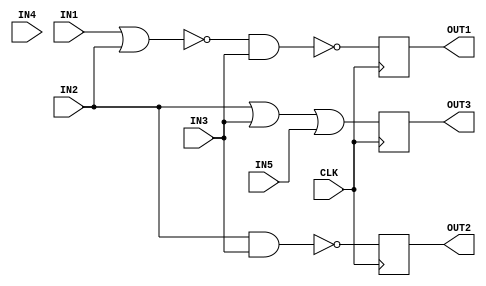
module DigCt(
input IN1 ,IN2 ,IN3 ,IN4 ,IN5 ,
input CLK ,
output reg OUT1 ,OUT2 ,OUT3 
);

reg x1,x2,x3,x4,x5;
//Q1
always @(IN1,IN2)
begin 
    x1 =~(IN1|IN2);
end

always @(x1,IN3)
begin 
    x2 =~(x1&IN3);
end

always @(posedge CLK)
begin 
    OUT1 <=x2;
end
//end Q1


//Q2
always @(IN2,IN3)
begin 
    x3 =~(IN2&IN3);
end

always @(posedge CLK)
begin 
    OUT2 <=x3;
end
//end Q2

//Q3
always @(IN3,~IN4)
begin 
    x4 =(IN2|IN3);
end

always @(x4,~IN5)
begin 
    x5 =(x4|IN5);
end

always @(posedge CLK)
begin 
    OUT3 <=x5;
end
//end Q3

endmodule